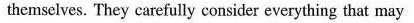
themselves. They carefully consider everything that may